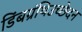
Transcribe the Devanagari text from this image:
डिंबग्रंथिउच्छेदन